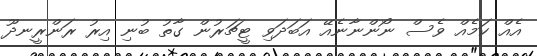
އެއް ކަމެއް ވެސް ނޯންނާނެއޭ އަބަދަވި ޓީޗަރުން ގާތު ބުނި އިރު ރަންރީނދޫ